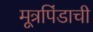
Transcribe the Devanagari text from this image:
मूत्रपिंडाची